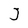
Character: J